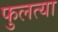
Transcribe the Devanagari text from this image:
फुलत्या